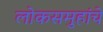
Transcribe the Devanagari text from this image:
लोकसमुहांचे